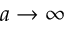
a \rightarrow \infty